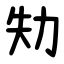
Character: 劮